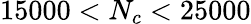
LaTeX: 15000<N_{c}<25000